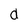
Character: d